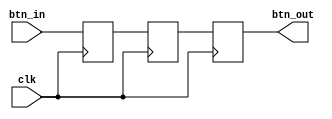
module debounce(
    input clk,
    input btn_in,
    output btn_out
);

    reg r1, r2, r3;

    always @(posedge clk) begin
        r1 <= btn_in;
        r2 <= r1;
        r3 <= r2;
    end

    assign btn_out = r3;

endmodule